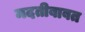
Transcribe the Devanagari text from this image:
मदतीबाबत